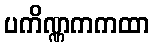
ပကိဏ္ဏကကထာ